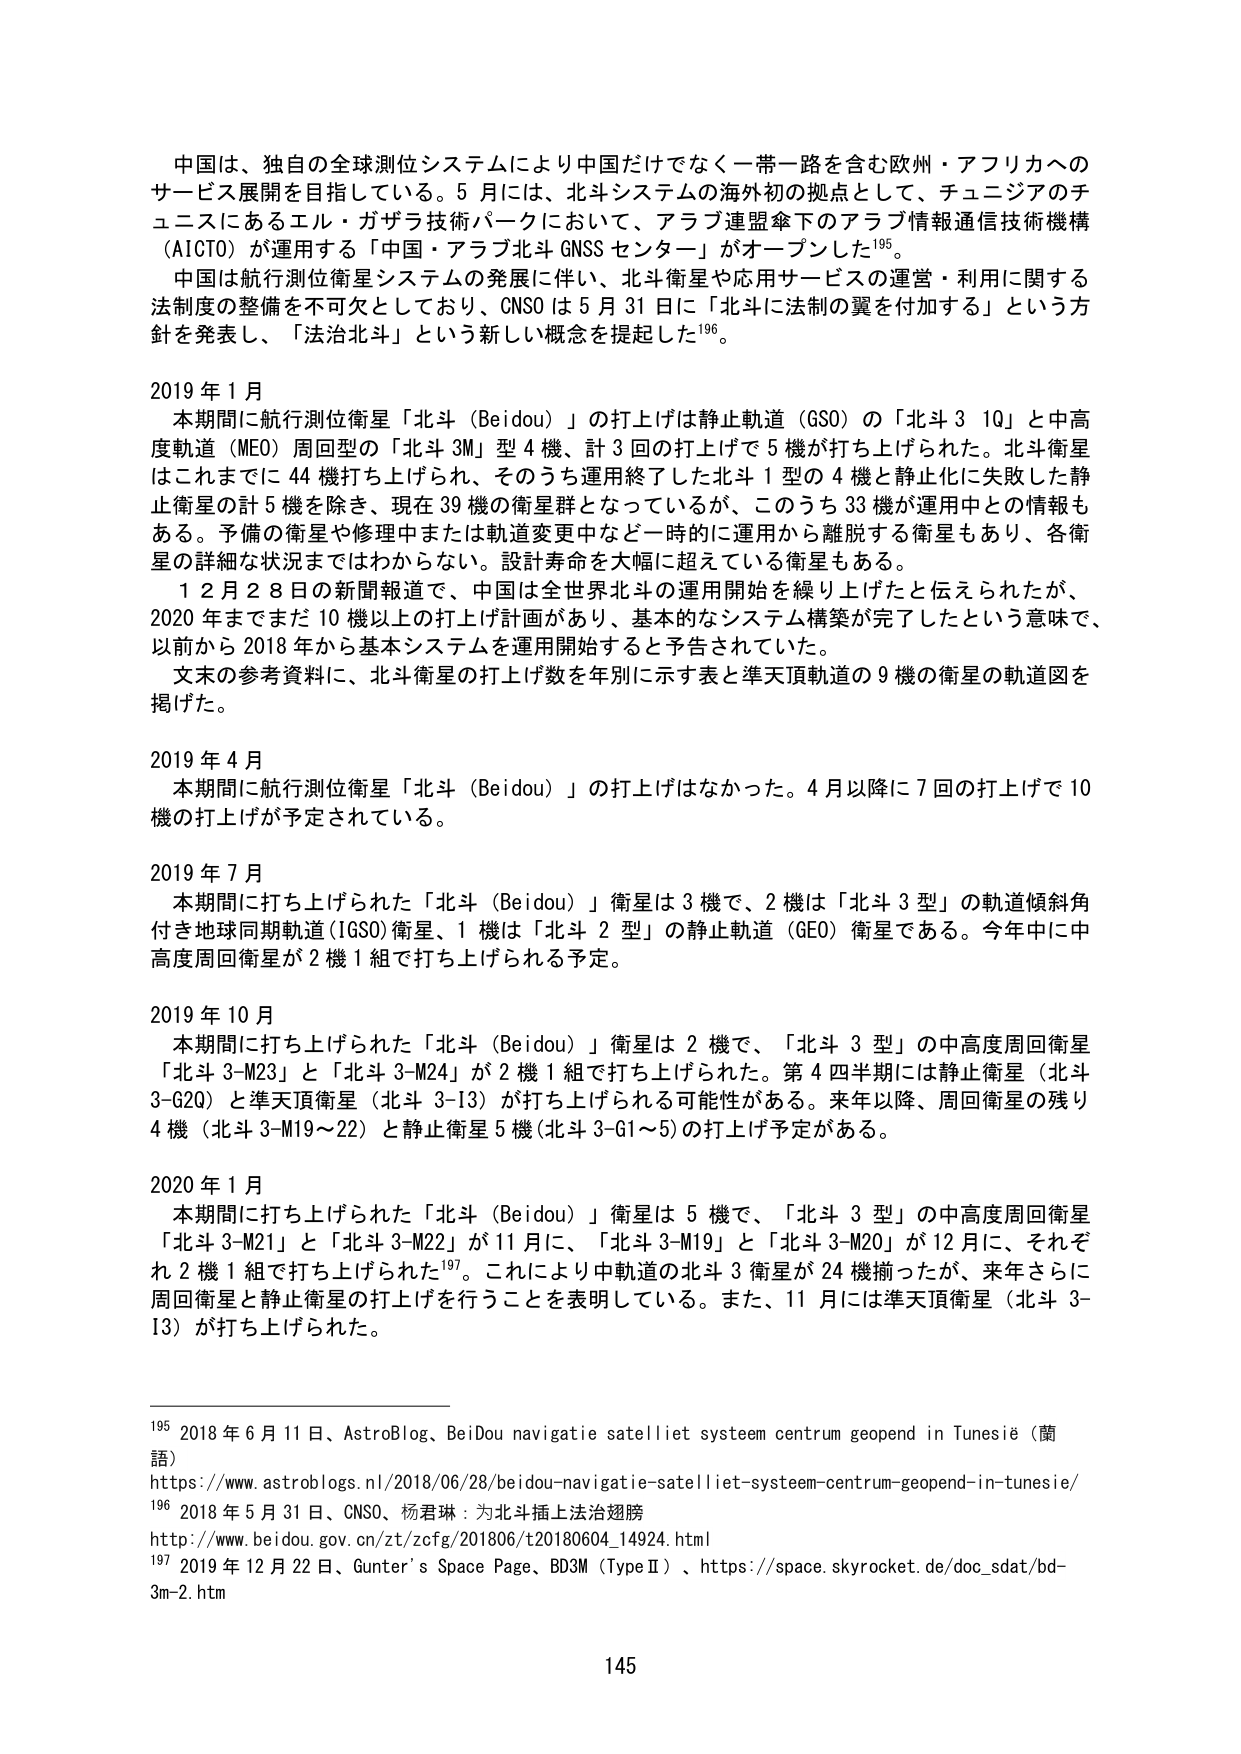
中国は、独自の全球測位システムにより中国だけでなく一帯一路を含む欧州・アフリカへのサービス展開を目指している。5月には、北斗システムの海外初の拠点として、チュニジアのチュニスにあるエル・ガザラ技術パークにおいて、アラブ連盟傘下のアラブ情報通信技術機構（AICTO）が運用する「中国・アラブ北斗 GNSS センター」がオープンした¹⁹⁵。

中国は航行測位衛星システムの発展に伴い、北斗衛星や応用サービスの運営・利用に関する法制度の整備を不可欠としており、CNSO は 5 月 31 日に「北斗に法制の翼を付加する」という方針を発表し、「法治北斗」という新しい概念を提起した¹⁹⁶。

2019 年 1 月
本期間に航行測位衛星「北斗（Beidou）」の打上げは静止軌道（GSO）の「北斗 3 1Q」と中高度軌道（MEO）周回型の「北斗 3M」型 4 機、計 3 回の打上げで 5 機が打ち上げられた。北斗衛星はこれまでに 44 機打ち上げられ、そのうち運用終了した北斗 1 型の 4 機と静止化に失敗した静止衛星の計 5 機を除き、現在 39 機の衛星群となっているが、このうち 33 機が運用中との情報もある。予備の衛星や修理中または軌道変更中など一時的に運用から離脱する衛星もあり、各衛星の詳細な状況まではわからない。設計寿命を大幅に超えている衛星もある。
12 月 28 日の新聞報道で、中国は全世界北斗の運用開始を繰り上げたと伝えられたが、2020 年までまだ 10 機以上の打上げ計画があり、基本的なシステム構築が完了したという意味で、以前から 2018 年から基本システムを運用開始すると予告されていた。
文末の参考資料に、北斗衛星の打上げ数を年別に示す表と準天頂軌道の 9 機の衛星の軌道図を掲げた。

2019 年 4 月
本期間に航行測位衛星「北斗（Beidou）」の打上げはなかった。4 月以降に 7 回の打上げで 10 機の打上げが予定されている。

2019 年 7 月
本期間に打ち上げられた「北斗（Beidou）」衛星は 3 機で、2 機は「北斗 3 型」の軌道傾斜角付き地球同期軌道（IGSO）衛星、1 機は「北斗 2 型」の静止軌道（GEO）衛星である。今年中に中高度周回衛星が 2 機 1 組で打ち上げられる予定。

2019 年 10 月
本期間に打ち上げられた「北斗（Beidou）」衛星は 2 機で、「北斗 3 型」の中高度周回衛星「北斗 3-M23」と「北斗 3-M24」が 2 機 1 組で打ち上げられた。第 4 四半期には静止衛星（北斗 3-G20）と準天頂衛星（北斗 3-13）が打ち上げられる可能性がある。来年以降、周回衛星の残り 4 機（北斗 3-M19～22）と静止衛星 5 機（北斗 3-G1～5）の打上げ予定がある。

2020 年 1 月
本期間に打ち上げられた「北斗（Beidou）」衛星は 5 機で、「北斗 3 型」の中高度周回衛星「北斗 3-M21」と「北斗 3-M22」が 11 月に、「北斗 3-M19」と「北斗 3-M20」が 12 月に、それぞれ 2 機 1 組で打ち上げられた¹⁹⁷。これにより中軌道の北斗 3 衛星が 24 機揃ったが、来年さらに周回衛星と静止衛星の打上げを行うことを表明している。また、11 月には準天頂衛星（北斗 3-13）が打ち上げられた。

¹⁹⁵ 2018 年 6 月 11 日、AstroBlog、BeiDou navigatie satelliet systeem centrum geopend in Tunesië（蘭語）
https://www.astroblogs.nl/2018/06/28/beidou-navigatie-satelliet-systeem-centrum-geopend-in-tunesie/
¹⁹⁶ 2018 年 5 月 31 日、CNSO、杨君琳：为北斗插上法治翅膀
http://www.beidou.gov.cn/zt/zofg/201806/t20180604_14924.html
¹⁹⁷ 2019 年 12 月 22 日、Gunter’s Space Page、BD3M（TypeⅡ）、https://space.skyrocket.de/doc_sdat/bd-3m-2.htm

145